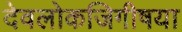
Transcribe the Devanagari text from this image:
देवलोकजिगीषया